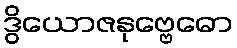
ဒွိယောဇနုဗ္ဗေဓော